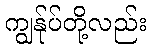
ကျွန်ုပ်တို့လည်း